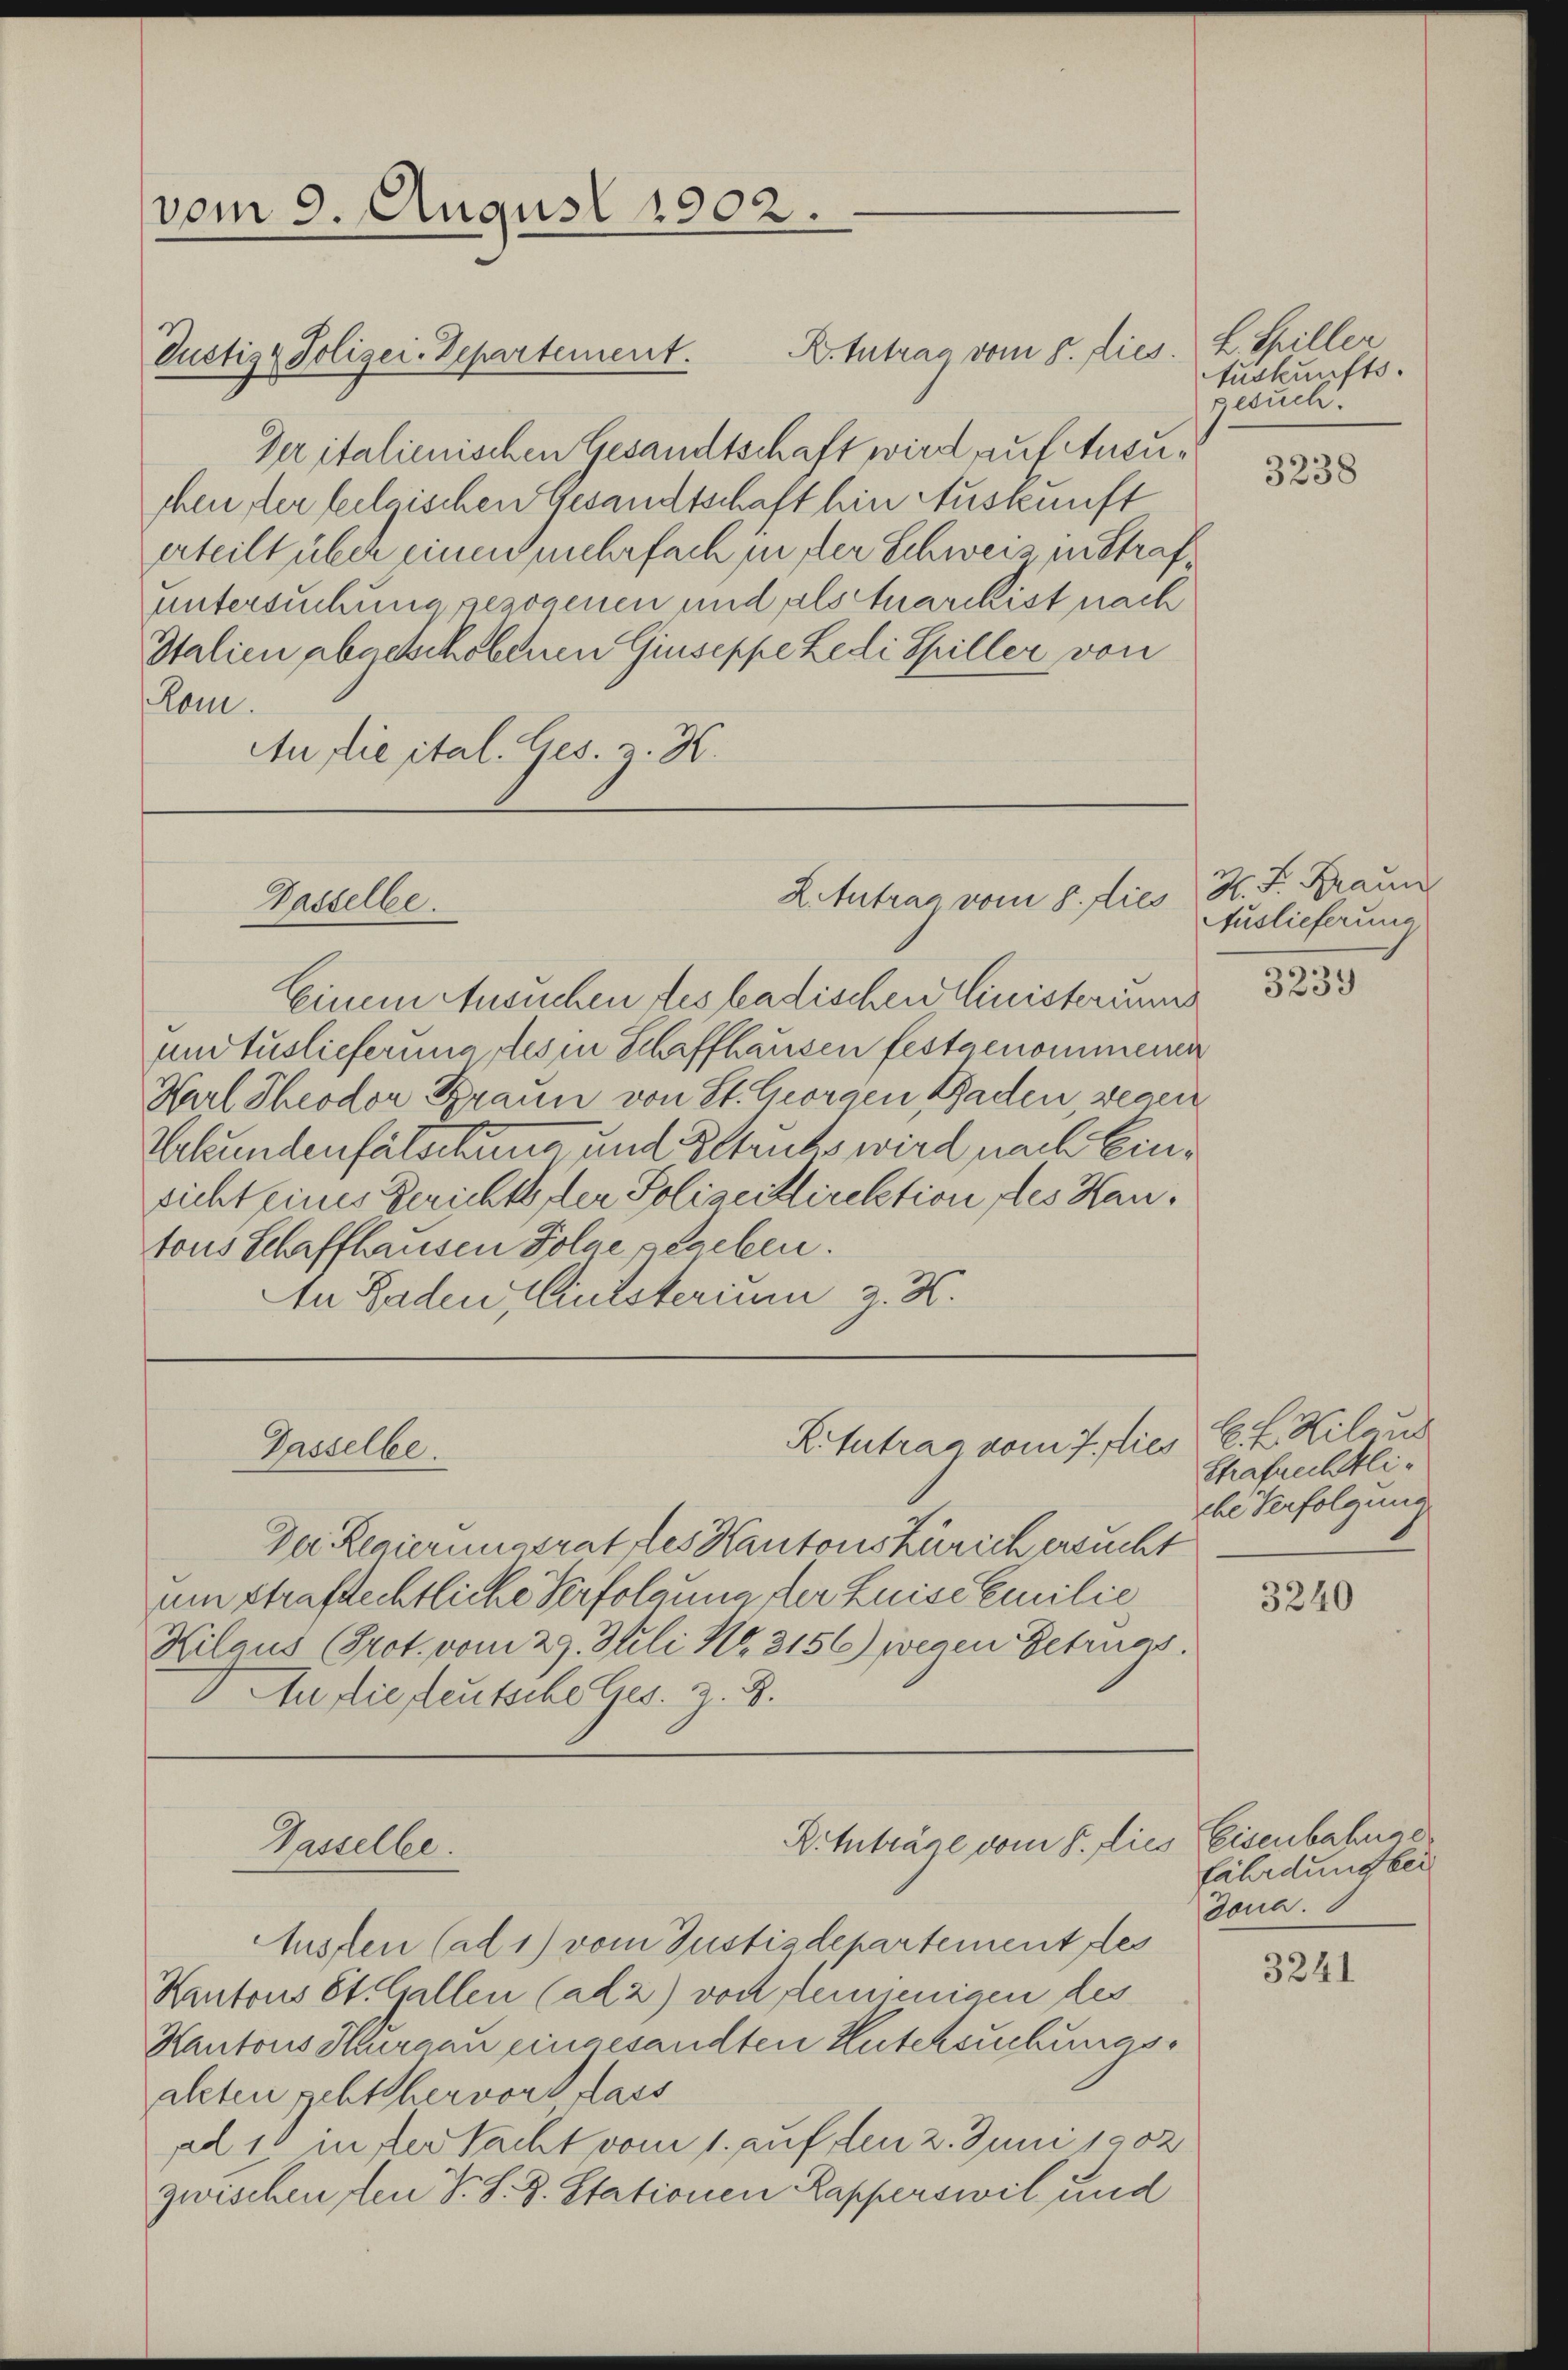
vom 9. August 1902.

Justiz & Polizei-Departement.

Passelbe.

Gasselbe.

Passelber.

B. tutrag vom 8. dies. L. Spiller

Der italienischen Gesandtschaft wird auf Ansuchen der belgischen Gesandtschaft hin Auskunft
erteilt über einen mehrfach in der Schweiz in Strafuntersuchung gezogenen und als tuarchist nach
Italien abgeschobenen Giuseppe Ledi Spiller von
Rom.
An die ital. Ges. z. K.

L.Intrag vom 8. dies

Ritutrag vom 7. dies

Ritnträge vom 8. die

Einem Ansuchen des badischen inisterium
und Auslieferung des in Schaffhausen festgenommenen
Karl Theodor Braun von St. Georgen Baden, wegen
Vrhundenfälschung und Getrubs wird nach Einsicht eines Gerichtssler Polizeitlirektion des Hautons Schaffhausen Folge geschen.
te Baden, Entsterium g. N.

Der Regierungsrathes Kantonskürich ersucht
um strafrechtliche Verfolgung der Luise Emilie
Kilaus (Prot. vom 29. Juli Nr. 3156) wegen Betrugs
An die deutsche Ges. z. B.

Austen (ad 1) vom Justizdepartement des
Kantons St. Gallen (ad 2) von denjenigen des
Kantons Thurgau eingesandten Kutchsuchungsaleten geht hervor dass
ad 10 in der Nacht vom 1. auf den 2. Juni 1902
zwischen den V. S. J. Stationen Kapperswil und

Auskunfts.
gesuch.

3238

H. L. Braun
Auslieferung

3239

E. E. Hilaus
Strafrechtliche Verfolgung

3240

Eeisenbahnge
fährdung bei
Jona.

3241